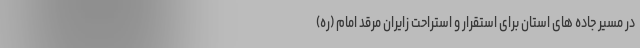
در مسیر جاده های استان برای استقرار و استراحت زایران مرقد امام (ره)